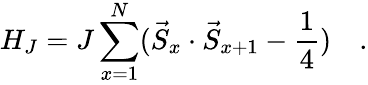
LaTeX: H_{J}=J\sum_{x=1}^{N}(\vec{S}_{x}\cdot\vec{S}_{x+1}-\frac{1}{4})\quad.